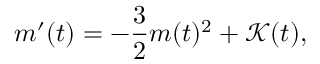
m ^ { \prime } ( t ) = - \frac { 3 } { 2 } m ( t ) ^ { 2 } + \mathcal { K } ( t ) ,